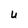
Character: U